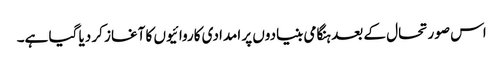
اس صورتحال کے بعد ہنگامی بنیادوں پر امدادی کاروائیوں کا آغاز کر دیا گیا ہے۔